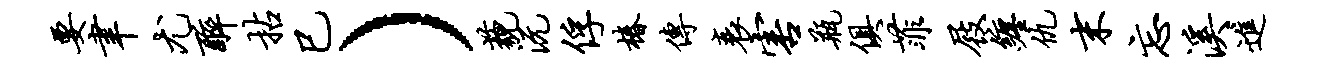
要聿尤醉拈巳）藐沅俘椿传衰害瓶俱菲屐缠仇末忘溪进